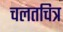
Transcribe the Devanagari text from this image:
चलतचित्र